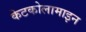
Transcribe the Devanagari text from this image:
केटकोलामाइन